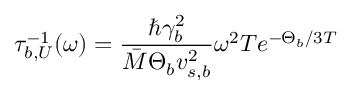
\tau _ { b , U } ^ { - 1 } ( \omega ) = \frac { \hbar \gamma _ { b } ^ { 2 } } { \bar { M } \Theta _ { b } v _ { s , b } ^ { 2 } } \omega ^ { 2 } T e ^ { - \Theta _ { b } / 3 T }